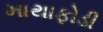
માથાફોડી